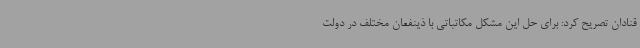
قنادان تصریح کرد: برای حل این مشکل مکاتباتی با ذینفعان مختلف در دولت